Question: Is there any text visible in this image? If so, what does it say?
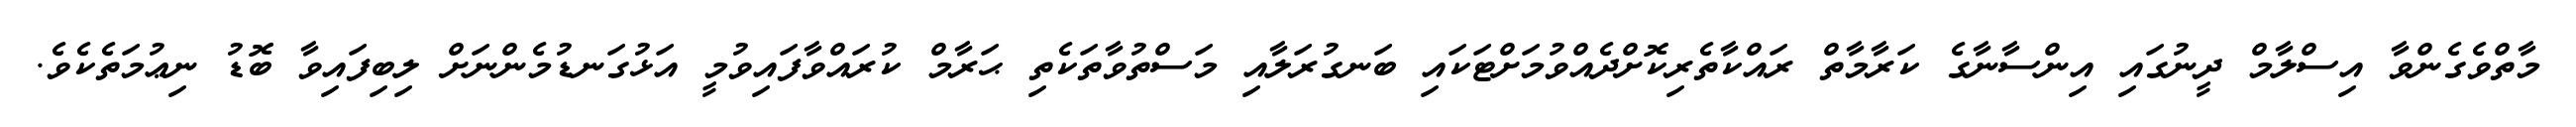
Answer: މާތްވެގެންވާ އިސްލާމް ދީނުގައި އިންސާނާގެ ކަރާމާތް ރައްކާތެރިކޮށްދެއްވުމަށްޓަކައި ބަނގުރަލާއި މަސްތުވާތަކެތި ޙަރާމް ކުރައްވާފައިވުމީ އަޅުގަނޑުމެންނަށް ލިބިފައިވާ ބޮޑު ނިޢުމަތެކެވެ.